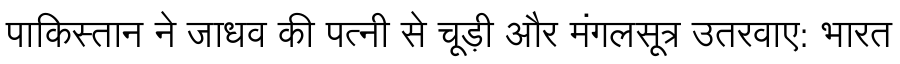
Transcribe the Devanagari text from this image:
पाकिस्तान ने जाधव की पत्नी से चूड़ी और मंगलसूत्र उतरवाए: भारत